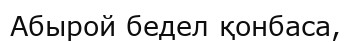
Абырой бедел қонбаса,